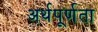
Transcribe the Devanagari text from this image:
अर्थपूर्णता